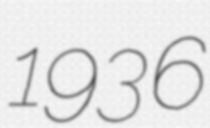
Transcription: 1936